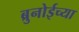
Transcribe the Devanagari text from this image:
ब्रुनोईच्या